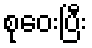
စုဝေးပြီး